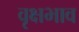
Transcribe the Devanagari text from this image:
वृक्षभाव